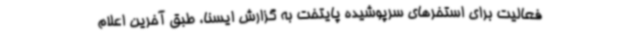
فعالیت برای استخرهای سرپوشیده پایتخت به گزارش ایسنا، طبق آخرین اعلام